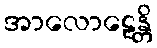
အာလောဠေန္တိ